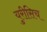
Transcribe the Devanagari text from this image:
युरीसिच